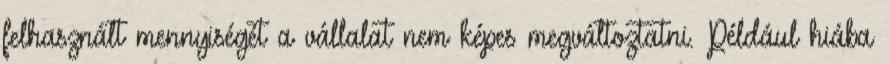
felhasznált mennyiségét a vállalat nem képes megváltoztatni. Például hiába